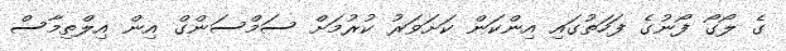
ގެ ލޯގޯ ފޯނުގެ ފަހަތުގައި އިންކަން ކަށަވަރު ކުރުމަށް ސަމްސަންގް އިން އިލްތިމާސް